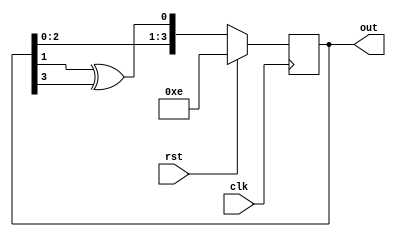
// Design and verify a 4-bit linear feedback shift register where the bit[0] of the register is driven by the XOR of the LFSR register bit[1] and bit[3]

module day7 (
    input clk, rst,
    output [3:0] out
);
    
    reg [3:0] current, next;

    always @(posedge clk) begin
        if (rst) begin
            current <= 4'hE;
        end
        else begin
            current <= next;
        end
    end

    always @(*) begin
        next = {current[2:0],current[1] ^ current[3]};
    end

    assign out = current;

endmodule